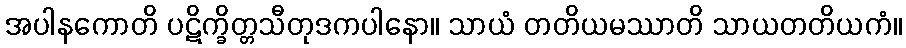
အပါနကောတိ ပဋိက္ခိတ္တသီတုဒကပါနော။ သာယံ တတိယမဿာတိ သာယတတိယကံ။